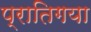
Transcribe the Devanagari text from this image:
प्रातिगया